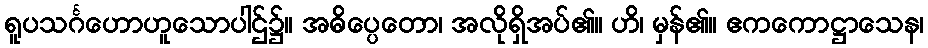
ရူပသင်္ဂဟောဟူသောပါဌ်၌။ အဓိပ္ပေတော၊ အလိုရှိအပ်၏။ ဟိ၊ မှန်၏။ ဧကကောဋ္ဌာသေန၊